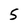
Character: S